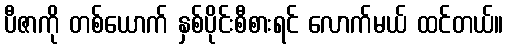
ပီဇာကို တစ်ယောက် နှစ်ပိုင်းစီစားရင် လောက်မယ် ထင်တယ်။